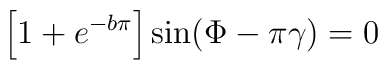
\left[ 1 + e^{-b\pi} \right] \sin (\Phi - \pi \gamma ) = 0